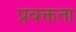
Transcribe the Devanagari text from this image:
प्रवक्तता